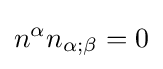
n^{\alpha }n_{\alpha ;\beta }=0